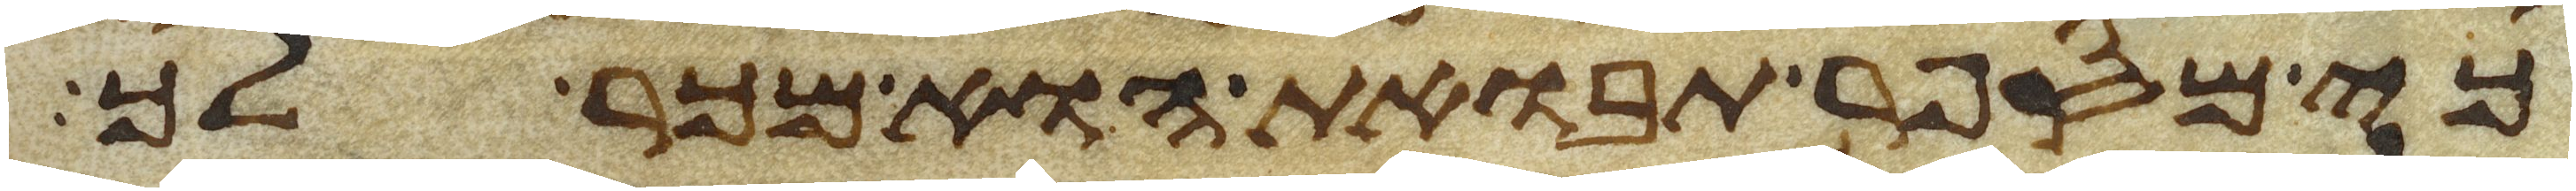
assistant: כי מספר תבואת הוא מכר לך